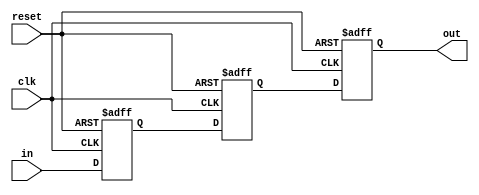
module synchronizer #(parameter DW=32) (/*AUTOARG*/
   // Outputs
   out,
   // Inputs
   in, clk, reset
   );


   //Input Side   
   input  [DW-1:0] in;   
   input           clk;      
   input           reset;//asynchronous signal
   
   
   //Output Side
   output [DW-1:0] out;

   reg [DW-1:0] sync_reg0;
   reg [DW-1:0] sync_reg1;
   reg [DW-1:0] out;
     
   //Synchronization between clock domain
   //We use two flip-flops for metastability improvement
   always @ (posedge clk or posedge reset)
     if(reset)
       begin
	  sync_reg0[DW-1:0] <= {(DW){1'b0}};
	  sync_reg1[DW-1:0] <= {(DW){1'b0}};
	  out[DW-1:0]       <= {(DW){1'b0}};
       end
     else
       begin
	  sync_reg0[DW-1:0] <= in[DW-1:0];
	  sync_reg1[DW-1:0] <= sync_reg0[DW-1:0];
	  out[DW-1:0]       <= sync_reg1[DW-1:0];
       end
   

endmodule